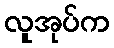
လူအုပ်က